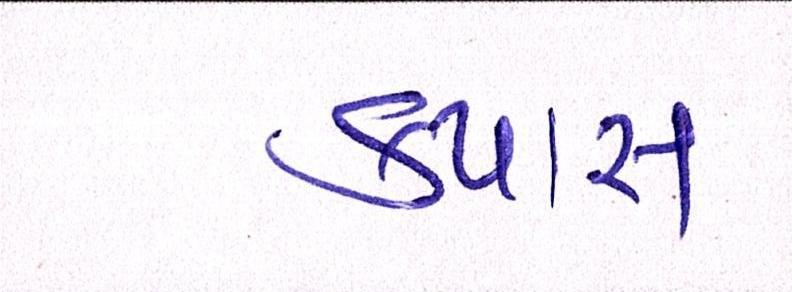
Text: કપાસ